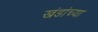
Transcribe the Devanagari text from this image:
खंडांच्‍या